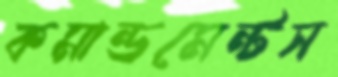
কমান্ডমেন্টস